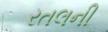
રતલની